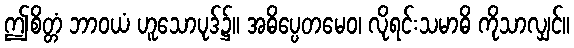
ဤစိတ္တံ ဘာဝယံ ဟူသောပုဒ်၌။ အဓိပ္ပေတမေဝ၊ လိုရင်းသမာဓိ ကိုသာလျှင်။